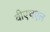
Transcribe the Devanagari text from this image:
वीएचएल